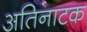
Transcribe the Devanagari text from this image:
अतिनाटक